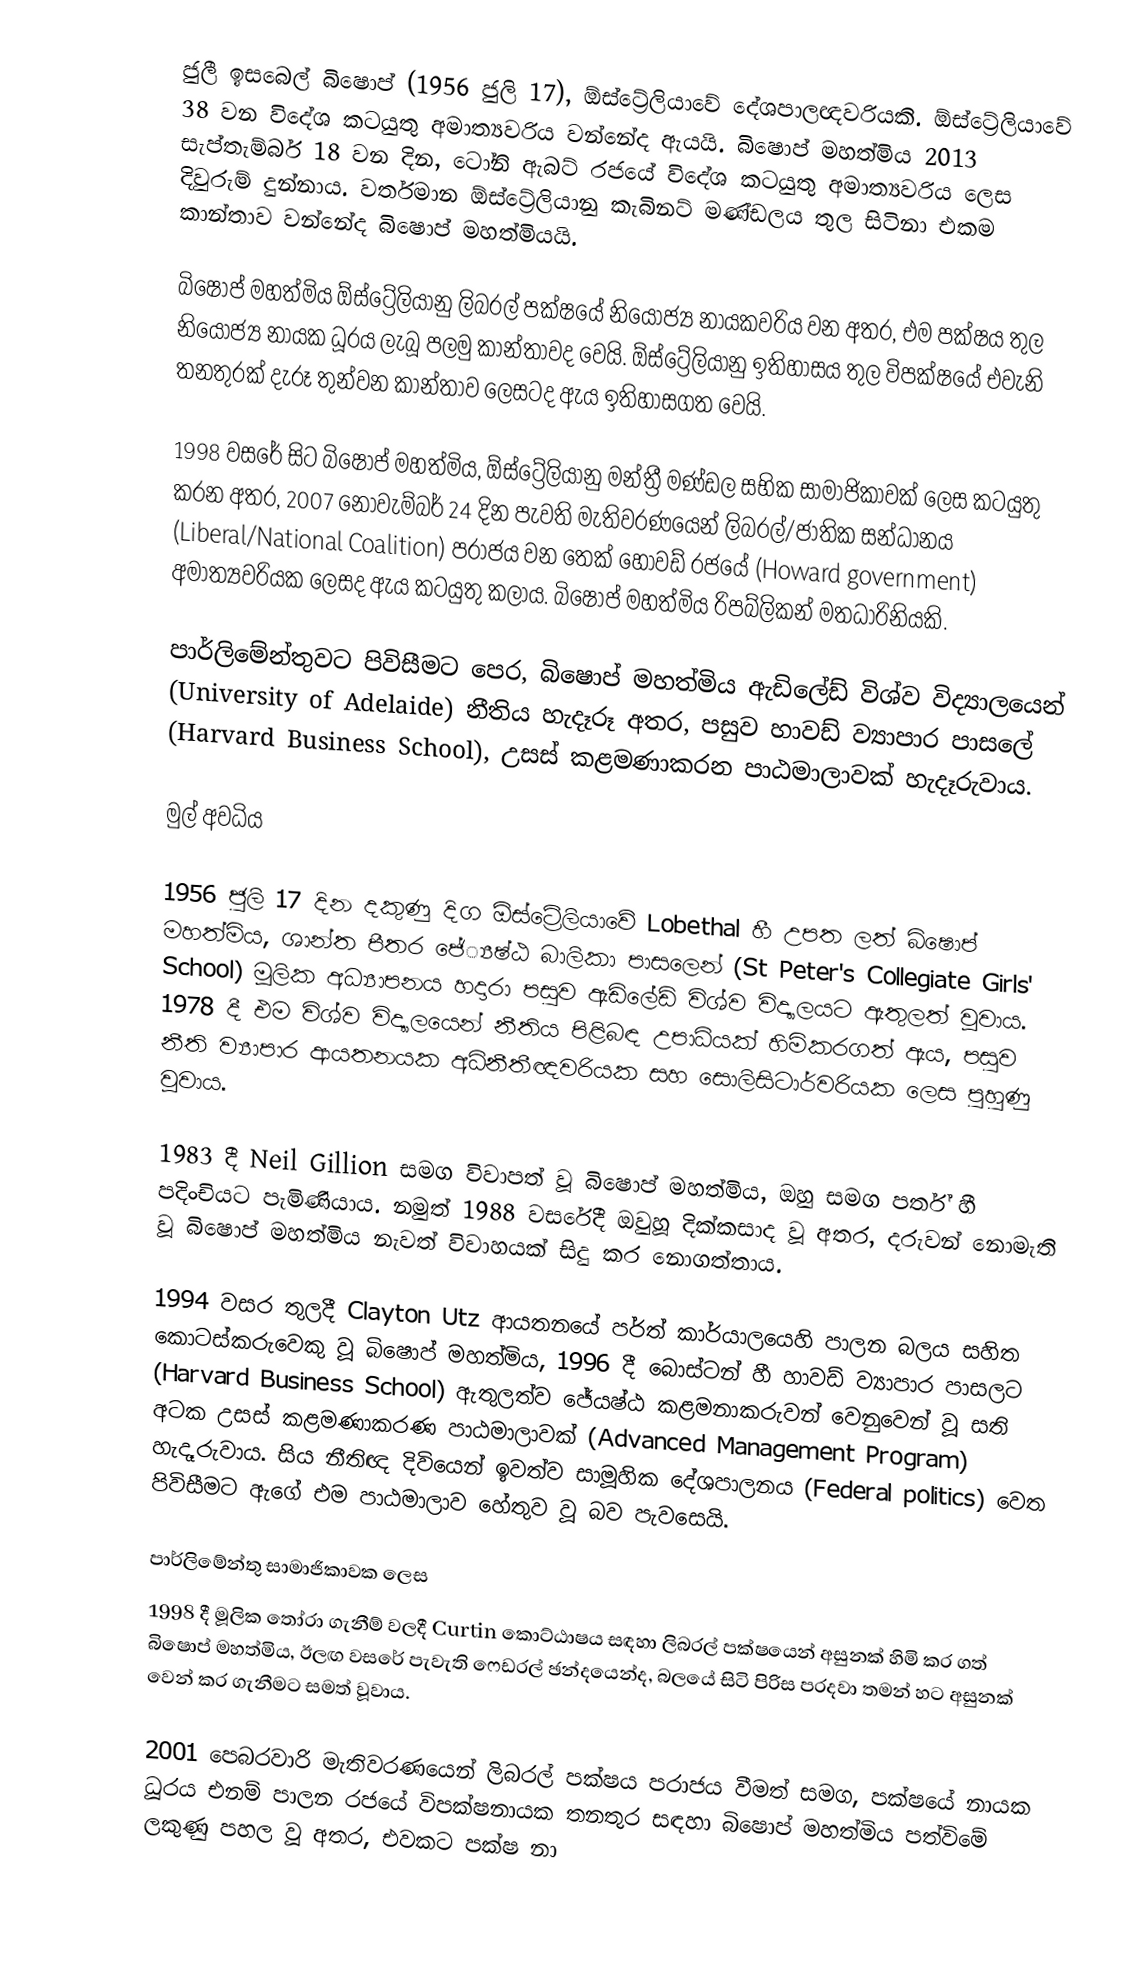
ජුලී ඉසබෙල් බිෂොප් (1956 ජුලි 17), ඕස්ට්‍රේලියාවේ දේශපාලඥවරියකි. ඕස්ට්‍රේලියාවේ 38 වන විදේශ කටයුතු අමාත්‍යවරිය වන්නේද ඇයයි. බිෂොප් මහත්මිය 2013 සැප්තැම්බර් 18 වන දින, ටෝනි ඇබට් රජයේ විදේශ කටයුතු අමාත්‍යවරිය ලෙස දිවුරුම් දුන්නාය. වර්තමාන ඕස්ට්‍රේලියානු කැබිනට් මණ්ඩලය තුල සිටිනා එකම කාන්තාව වන්නේද බිෂොප් මහත්මියයි.

බිෂොප් මහත්මිය ඕස්ට්‍රේලියානු ලිබරල් පක්ෂයේ නියෝජ්‍ය නායකවරිය වන අතර, එම පක්ෂය තුල නියෝජ්‍ය නායක ධූරය ලැබූ පලමු කාන්තාවද වෙයි. ඕස්ට්‍රේලියානු ඉතිහාසය තුල විපක්ෂයේ එවැනි තනතුරක් දැරූ තුන්වන කාන්තාව ලෙසටද ඇය ඉතිහාසගත වෙයි.

1998 වසරේ සිට බිෂොප් මහත්මිය, ඕස්ට්‍රේලියානු මන්ත්‍රී මණ්ඩල සභික සාමාජිකාවක් ලෙස කටයුතු කරන අතර, 2007 නොවැම්බර් 24 දින පැවති මැතිවරණයෙන් ලිබරල්/ජාතික සන්ධානය (Liberal/National Coalition) පරාජය වන තෙක් හෝවඩ් රජයේ (Howard government) අමාත්‍යවරියක ලෙසද ඇය කටයුතු කලාය. බිෂොප් මහත්මිය රිපබ්ලිකන් මතධාරිනියකි.

පාර්ලිමේන්තුවට පිවිසීමට පෙර, බිෂොප් මහත්මිය ඇඩිලේඩ් විශ්ව විද්‍යාලයෙන් (University of Adelaide) නීතිය හැදෑරූ අතර, පසුව හාවඩ් ව්‍යාපාර පාසලේ (Harvard Business School), උසස් කළමණාකරන පාඨමාලාවක් හැදෑරුවාය.

මුල් අවධිය

1956 ජුලි 17 දින දකුණු දිග ඕස්ට්‍රේලියාවේ Lobethal හී උපත ලත් බිෂොප් මහත්මිය, ශාන්ත පීතර ජේ්‍යෂ්ඨ බාලිකා පාසලෙන් (St Peter's Collegiate Girls' School) මූලික අධ්‍යාපනය හදාරා පසුව ඇඩිලේඩ් විශ්ව විද්‍යාලයට ඇතුලත් වූවාය. 1978 දී එම විශ්ව විද්‍යාලයෙන් නීතිය පිළිබඳ උපාධියක් හිමිකරගත් ඇය, පසුව නීති ව්‍යාපාර ආයතනයක අධිනීතීඥවරියක සහ සොලිසිටාර්වරියක ලෙස පුහුණු වූවාය.

1983 දී Neil Gillion සමග විවාපත් වූ බිෂොප් මහත්මිය, ඔහු සමග පර්ත් හී පදිංචියට පැමිණියාය. නමුත් 1988 වසරේදී ඔවුහූ දික්කසාද වූ අතර, දරුවන් නොමැති වූ බිෂොප් මහත්මිය නැවත් විවාහයක් සිදු කර නොගත්තාය.

1994 වසර තුලදී Clayton Utz ආයතනයේ පර්ත් කාර්යාලයෙහි පාලන බලය සහිත කොටස්කරුවෙකු වූ බිෂොප් මහත්මිය, 1996 දී බොස්ටන් හී හාවඩ් ව්‍යාපාර පාසලට (Harvard Business School) ඇතුලත්ව ජේ‍යෂ්ඨ කළමනාකරුවන් වෙනුවෙන් වූ සති අටක උසස් කළමණාකරණ පාඨමාලාවක් (Advanced Management Program) හැදෑරුවාය. සිය නීතිඥ දිවියෙන් ඉවත්ව සාමූහික දේශපාලනය (Federal politics) වෙත පිවිසීමට ඇගේ එම පාඨමාලාව හේතුව වූ බව පැවසෙයි.

පාර්ලිමේන්තු සාමාජිකාවක ලෙස
1998 දී මූලික තෝරා ගැනීම් වලදී Curtin කොට්ඨාෂය සඳහා ලිබරල් පක්ෂයෙන් අසුනක් හිමි කර ගත් බිෂොප් මහත්මිය, ඊලඟ වසරේ පැවැති ෆෙඩරල් ඡන්දයෙන්ද, බලයේ සිටි පිරිස පරදවා තමන් හට අසුනක් වෙන් කර ගැනීමට සමත් වූවාය.

2001 පෙබරවාරි මැතිවරණයෙන් ලිබරල් පක්ෂය පරාජය වීමත් සමග, පක්ෂයේ නායක ධූරය එනම් පාලන රජයේ විපක්ෂනායක තනතුර සඳහා බිෂොප් මහත්මිය පත්විමේ ලකුණු පහල වූ අතර, එවකට පක්ෂ නා